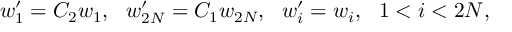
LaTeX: w _ { 1 } ^ { \prime } = C _ { 2 } w _ { 1 } , ~ ~ w _ { 2 N } ^ { \prime } = C _ { 1 } w _ { 2 N } , ~ ~ w _ { i } ^ { \prime } = w _ { i } , ~ ~ 1 < i < 2 N ,